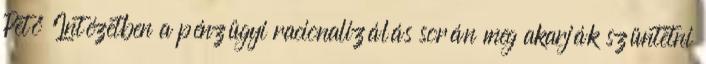
Pető Intézetben a pénzügyi racionalizálás során meg akarják szüntetni